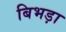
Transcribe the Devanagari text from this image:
बिभड़ा